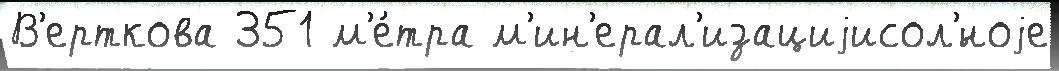
В'ерткова 351 м'е́тра м'ин'ерал'изациjисол'́ноjе